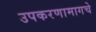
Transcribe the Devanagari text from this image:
उपकरणामागचे